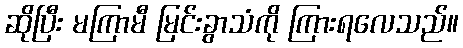
ဆိုပြီး မကြာမီ မြင်းခွာသံကို ကြားရလေသည်။